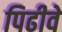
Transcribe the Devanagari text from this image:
पिढीवे